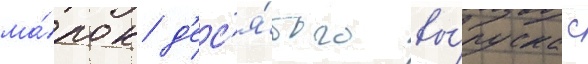
ма́рок д'ес'я́того вы́пуска с